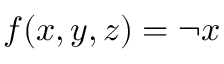
f ( x , y , z ) = \lnot x